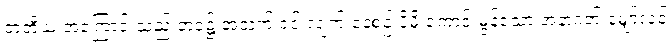
တတိယ အကြောင်းသည် ဘဝ၌ အသက် ရှင် လျက် နေစဉ် ပိုမို ကောင်းမွန်သော အနာဂတ် မျှော်လင့်